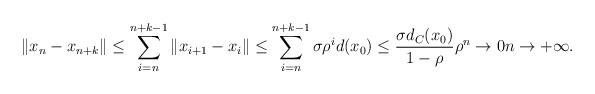
LaTeX: \begin{align*}\|x_n -x_{n+k}\| \leq \sum_{i=n}^{n+k-1} \|x_{i+1} -x_i\| \leq \sum_{i=n}^{n+k-1} \sigma\rho^i d(x_0) \leq \frac{\sigma d_C(x_0)}{1-\rho}\rho^n \to 0 n \to +\infty.\end{align*}